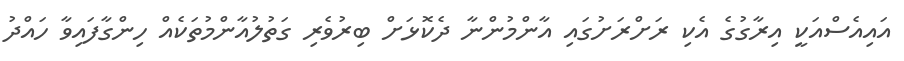
އައިއެސްއަކީ އިރާގުގެ އެކި ރަށްރަށުގައި އާންމުންނާ ދެކޮޅަށް ބިރުވެރި ގަތުލުއާންމުތަކެއް ހިންގާފައިވާ ހައްދު